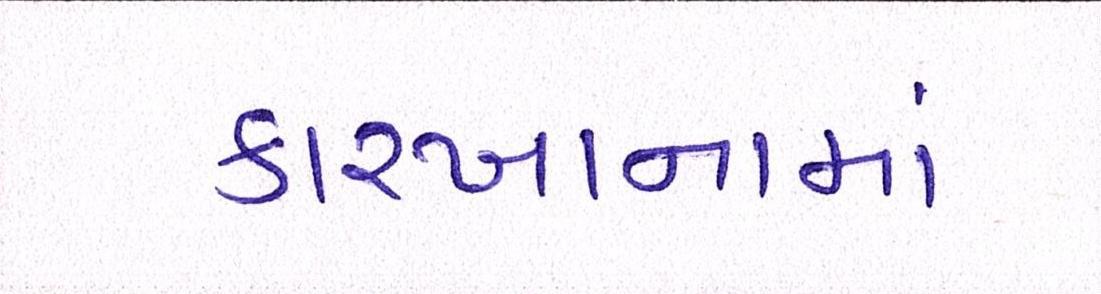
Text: કારખાનામાં